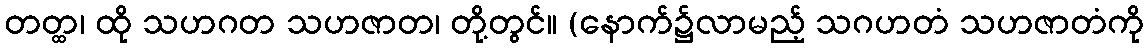
တတ္ထ၊ ထို သဟဂတ သဟဇာတ၊ တို့တွင်။ (နောက်၌လာမည့် သဂဟတံ သဟဇာတံကို